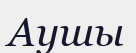
Аушы